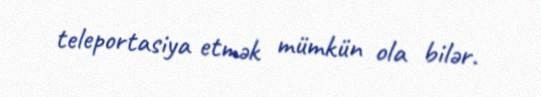
teleportasiya etmək mümkün ola bilər.